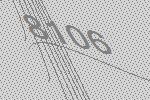
8106